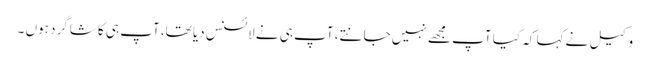
وکیل نے کہا کہ کیا آپ مجھے نہیں جانتے، آپ ہی نے لائسنس دیا تھا، آپ ہی کا شاگرد ہوں ۔